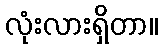
လုံးလားရှိတာ။